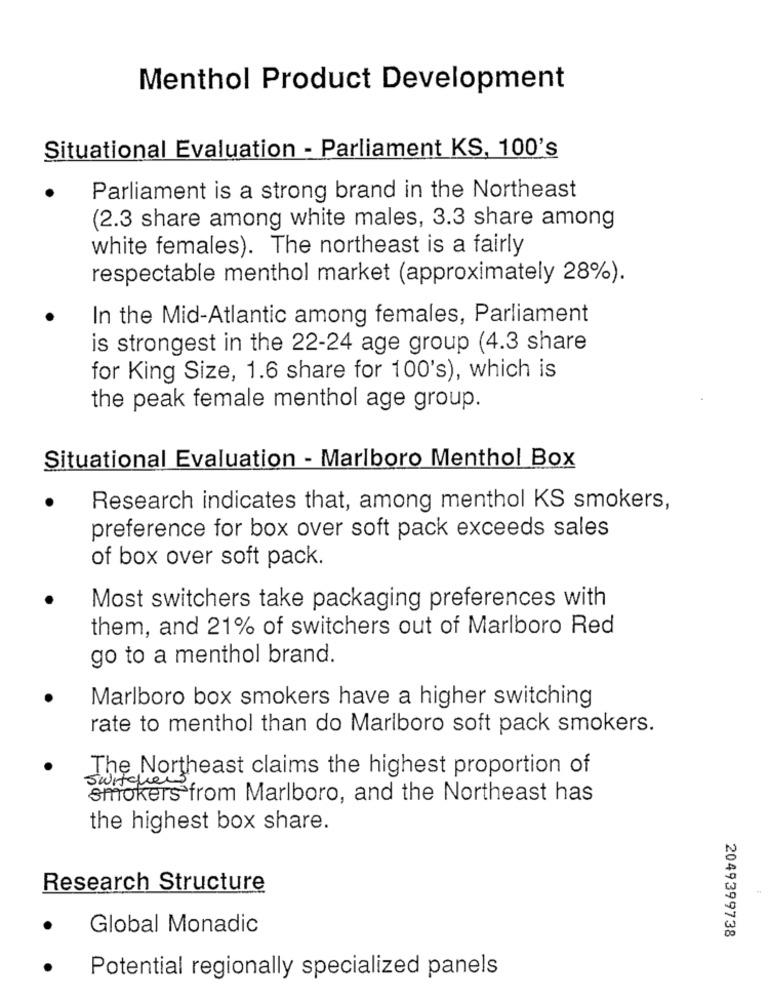
Menthol Product Development
Situational Evaluation - Parliament KS, 100's
Parliament is a strong brand in the Northeast
(2.3 share among white males, 3.3 share among
white females). The northeast is a fairly
respectable menthol market (approximately 28%).
In the Mid-Atlantic among females, Parliament
is strongest in the 22-24 age group (4.3 share
for King Size, 1.6 share for 100's), which is
the peak female menthol age group.
Situational Evaluation - Marlboro Menthol Box
Research indicates that, among menthol KS smokers,
preference for box over soft pack exceeds sales
of box over soft pack.
Most switchers take packaging preferences with
them, and 21% of switchers out of Marlboro Red
go to a menthol brand.
Marlboro box smokers have a higher switching
rate to menthol than do Marlboro soft pack smokers.
The Northeast claims the highest proportion of
switcher
smokers from Marlboro, and the Northeast has
the highest box share.
Research Structure
Global Monadic
2049399738
Potential regionally specialized panels